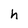
Character: h